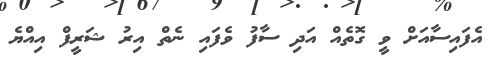
އެފައިސާއަށް ވީ ގޮތެއް އަދި ސާފު ވެފައި ނެތް އިރު ޝަރީފް އިއްޔެ